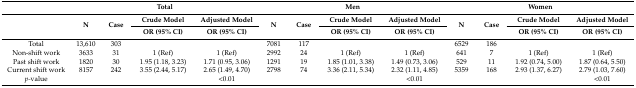
<table><thead><tr><td></td><td colspan="4"><b>Total</b></td><td colspan="4"><b>Men</b></td><td colspan="4"><b>Women</b></td></tr><tr><td></td><td rowspan="2"><b>N</b></td><td rowspan="2"><b>Case</b></td><td><b>Crude Model</b></td><td><b>Adjusted Model</b></td><td rowspan="2"><b>N</b></td><td rowspan="2"><b>Case</b></td><td><b>Crude Model</b></td><td><b>Adjusted Model</b></td><td rowspan="2"><b>N</b></td><td rowspan="2"><b>Case</b></td><td><b>Crude Model</b></td><td><b>Adjusted Model</b></td></tr><tr><td></td><td><b>OR (95% CI)</b></td><td><b>OR (95% CI)</b></td><td><b>OR (95% CI)</b></td><td><b>OR (95% CI)</b></td><td><b>OR (95% CI)</b></td><td><b>OR (95% CI)</b></td></tr></thead><tbody><tr><td>Total</td><td>13,610</td><td>303</td><td></td><td></td><td>7081</td><td>117</td><td></td><td></td><td>6529</td><td>186</td><td></td><td></td></tr><tr><td>Non-shift work</td><td>3633</td><td>31</td><td>1 (Ref)</td><td>1 (Ref)</td><td>2992</td><td>24</td><td>1 (Ref)</td><td>1 (Ref)</td><td>641</td><td>7</td><td>1 (Ref)</td><td>1 (Ref)</td></tr><tr><td>Past shift work</td><td>1820</td><td>30</td><td>1.95 (1.18, 3.23)</td><td>1.71 (0.95, 3.06)</td><td>1291</td><td>19</td><td>1.85 (1.01, 3.38)</td><td>1.49 (0.73, 3.06)</td><td>529</td><td>11</td><td>1.92 (0.74, 5.00)</td><td>1.87 (0.64, 5.50)</td></tr><tr><td>Current shift work</td><td>8157</td><td>242</td><td>3.55 (2.44, 5.17)</td><td>2.65 (1.49, 4.70)</td><td>2798</td><td>74</td><td>3.36 (2.11, 5.34)</td><td>2.32 (1.11, 4.85)</td><td>5359</td><td>168</td><td>2.93 (1.37, 6.27)</td><td>2.79 (1.03, 7.60)</td></tr><tr><td><i>p-</i>value</td><td></td><td></td><td></td><td>&lt;0.01</td><td></td><td></td><td></td><td>&lt;0.01</td><td></td><td></td><td></td><td>&lt;0.01</td></tr></tbody></table>